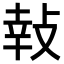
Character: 𢽞